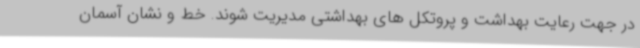
در جهت رعایت بهداشت و پروتکل های بهداشتی مدیریت شوند. خط‌ و نشان آسمان